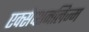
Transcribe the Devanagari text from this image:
एक्सेप्शनलिज्म